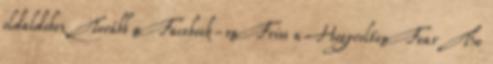
oldaldoboz Tovább a Facebook-ra Friss a Hogyvolton Fear The